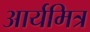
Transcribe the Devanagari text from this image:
आर्यमित्र